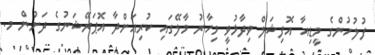
ފުލުހުންގެ މީޑިއާ އޮފިޝަލް ވިދާޅުވީ މިހާރު މާލޭގައި ކުރިއަށްދާ އޮޕަރޭޝަނުގެ ދަށުން މ.